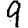
Digit: 9